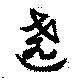
遶